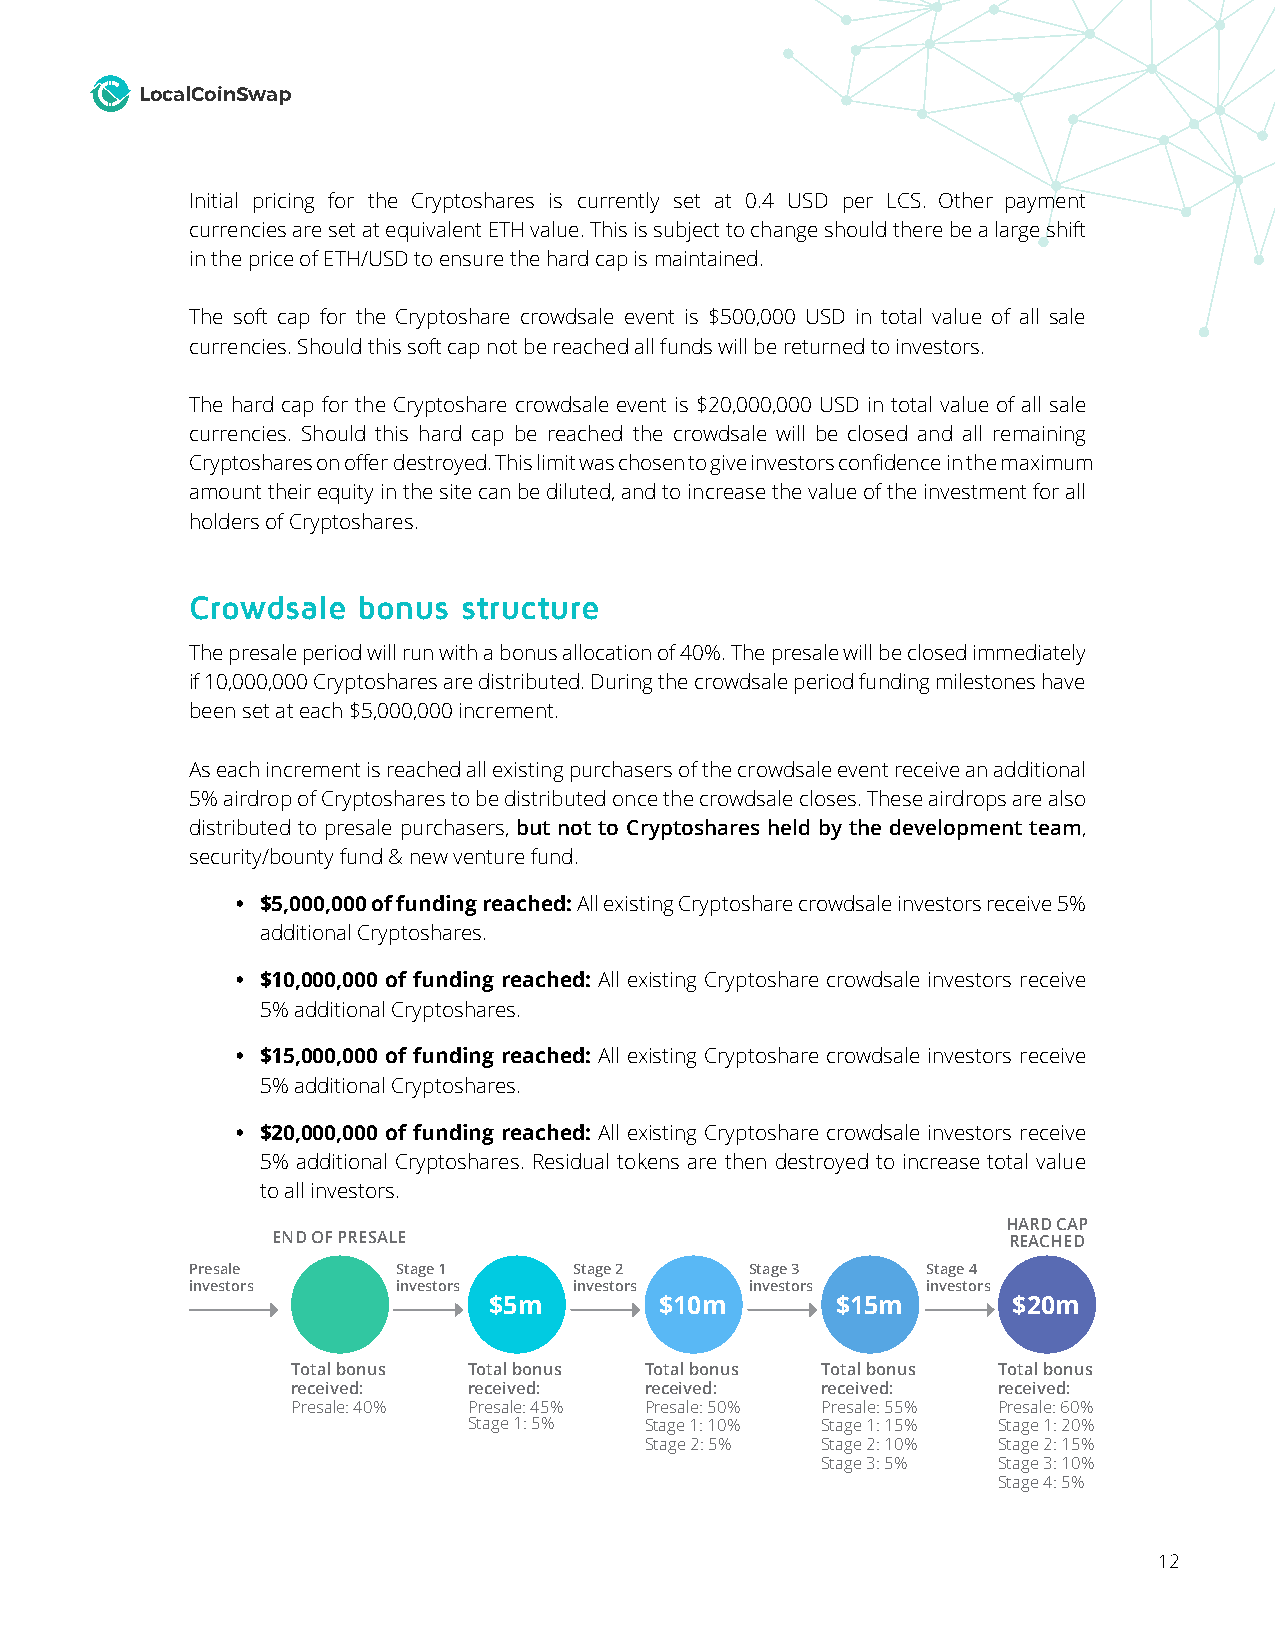
LocalCoinSwap
 Initial pricing for the Cryptoshares is currently set at 0.4 USD per LCS. Other payment
 currencies are set at equivalent ETH value. This is subject to change should there be a large shift
 in the price of ETH/USD to ensure the hard cap is maintained.
 The soft cap for the Cryptoshare crowdsale event is $500,000 USD in total value of all sale
 currencies. Should this soft cap not be reached all funds will be returned to investors.
 The hard cap for the Cryptoshare crowdsale event is $20,000,000 USD in total value of all sale
 currencies. Should this hard cap be reached the crowdsale will be closed and all remaining
 Cryptoshares on offer destroyed. This limit was chosen to give investors confidence in the maximum
 amount their equity in the site can be diluted, and to increase the value of the investment for all
 holders of Cryptoshares.
 Crowdsale  bonus  structure
 The presale period will run with a bonus allocation of 40%. The presale will be closed immediately
 if 10,000,000 Cryptoshares are distributed. During the crowdsale period funding milestones have
 been set at each $5,000,000 increment.
 As each increment is reached all existing purchasers of the crowdsale event receive an additional
 5% airdrop of Cryptoshares to be distributed once the crowdsale closes. These airdrops are also
 distributed to presale purchasers, but not to Cryptoshares held by the development team,
 security/bounty fund & new venture fund.
 • $5,000,000 of funding reached: All existing Cryptoshare crowdsale investors receive 5%
 additional Cryptoshares.
 • $10,000,000 of funding reached: All existing Cryptoshare crowdsale investors receive
 5% additional Cryptoshares.
 • $15,000,000 of funding reached: All existing Cryptoshare crowdsale investors receive
 5% additional Cryptoshares.
 • $20,000,000 of funding reached: All existing Cryptoshare crowdsale investors receive
 5% additional Cryptoshares. Residual tokens are then destroyed to increase total value
 to all investors.
 HARD CAP
 END OF PRESALE                                   REACHED
 Presale      Stage 1     Stage 2     Stage 3    Stage 4
 investors    investors   investors   investors  investors
 $5m         $10m       $15m        $20m
 Total bonus Total bonus Total bonus Total bonus Total bonus
 received:   received:   received:  received:   received:
 Presale: 40% Presale: 45% Presale: 50% Presale: 55% Presale: 60%
 Stage 1: 5% Stage 1: 10% Stage 1: 15% Stage 1: 20%
 Stage 2: 5% Stage 2: 10% Stage 2: 15%
 Stage 3: 5% Stage 3: 10%
 Stage 4: 5%
 12